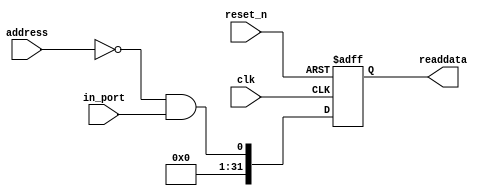
module nios_system_sram_cs (
                             // inputs:
                              address,
                              clk,
                              in_port,
                              reset_n,

                             // outputs:
                              readdata
                           )
;

  output  [ 31: 0] readdata;
  input   [  1: 0] address;
  input            clk;
  input            in_port;
  input            reset_n;

  wire             clk_en;
  wire             data_in;
  wire             read_mux_out;
  reg     [ 31: 0] readdata;
  assign clk_en = 1;
  //s1, which is an e_avalon_slave
  assign read_mux_out = {1 {(address == 0)}} & data_in;
  always @(posedge clk or negedge reset_n)
    begin
      if (reset_n == 0)
          readdata <= 0;
      else if (clk_en)
          readdata <= {32'b0 | read_mux_out};
    end


  assign data_in = in_port;

endmodule